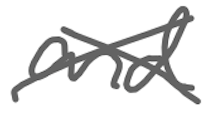
Text: and
Cross-out: mix
Writing tool: digital_gray